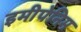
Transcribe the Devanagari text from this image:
इमीपेनिम